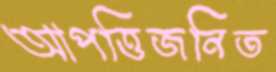
আপত্তিজনিত